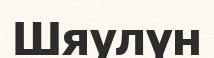
Шяулүн